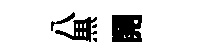
八黒開